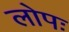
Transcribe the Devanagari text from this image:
लोपः